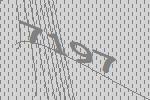
7197